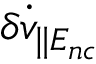
\delta \dot { v } _ { \| E _ { n c } }